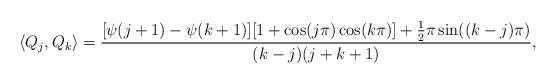
LaTeX: \begin{align*}\langle Q_j,Q_k\rangle=\dfrac{[\psi(j+1)-\psi(k+1)][1+\cos(j\pi)\cos(k\pi)]+\frac{1}{2}\pi\sin((k-j)\pi)}{(k-j)(j+k+1)},\end{align*}